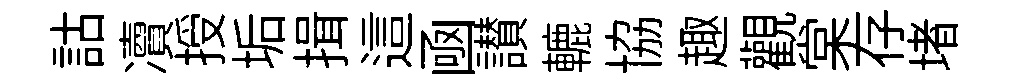
詁凟授垢揖這凾讃轆協趣觀棠存堵